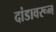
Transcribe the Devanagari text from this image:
दांडावरून